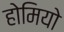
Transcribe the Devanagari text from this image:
होमियो